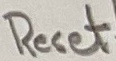
Text: Reset